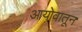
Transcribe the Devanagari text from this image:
आयोवातून